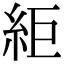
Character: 䋌